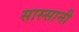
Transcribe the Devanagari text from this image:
सास्सानी